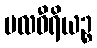
ဗလဝီရိယဉ္စ